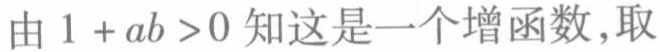
由 \(1 + ab >0\) 知这是一个增函数,取